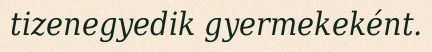
tizenegyedik gyermekeként.